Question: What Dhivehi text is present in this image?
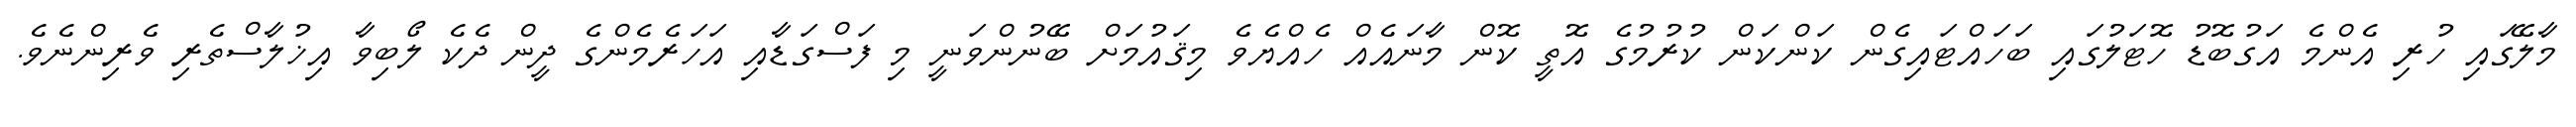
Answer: މާލޭގައި ހުރި އެންމެ އަގުބޮޑު ހޮޓަލުގައި ބަހައްޓައިގެން ކަންކަން ކުރުމުގެ އޮތީ ކޮން މާނައެއް ހެއްޔެވެ މިޤައުމަށް ބޭނުންވަނީ މި ފަސްގަޑާއި އަހަރެމެންގެ ދީން ދެކެ ލޯބިވާ އިޚުލާސްތެރި ވެރިންނެވެ.